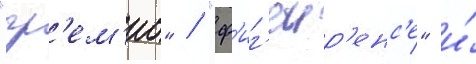
"гр'ем'ио" / "ф'иг'еир'енс'е" и́